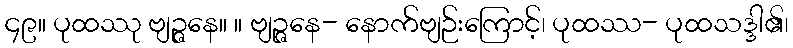
၄၉။ ပုထဿု ဗျဉ္ဇနေ။ ။ ဗျဉ္ဇနေ- နောက်ဗျဉ်းကြောင့်၊ ပုထဿ- ပုထသဒ္ဒါ၏၊